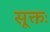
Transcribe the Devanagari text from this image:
सूक्तः